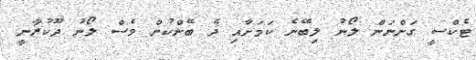
ޓެކްސީ ގަންނަން ލޯނު ލިބޭނެ ކަމަށާއި ދެ ބޭންކުން ވެސް ލޯނު ދޫކުރާނީ